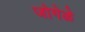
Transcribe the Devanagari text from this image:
जोगेळे